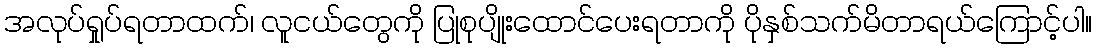
အလုပ်ရှုပ်ရတာထက်၊ လူငယ်တွေကို ပြုစုပျိုးထောင်ပေးရတာကို ပိုနှစ်သက်မိတာရယ်ကြောင့်ပါ။